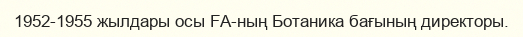
1952-1955 жылдары осы FA-ның Ботаника бағының директоры.